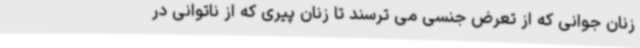
زنان جوانی که از تعرض جنسی می ترسند تا زنان پیری که از ناتوانی در